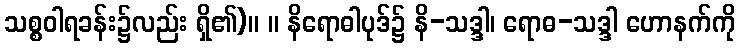
သစ္စဝါရခန်း၌လည်း ရှိ၏)။ ။ နိရောဓါပုဒ်၌ နိ-သဒ္ဒါ၊ ရောဓ-သဒ္ဒါ ဟောနက်ကို